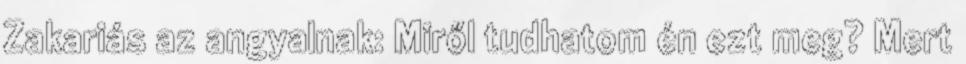
Zakariás az angyalnak: Miről tudhatom én ezt meg? Mert